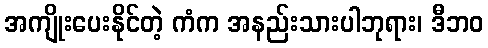
အကျိုးပေးနိုင်တဲ့ ကံက အနည်းသားပါဘုရား၊ ဒီဘဝ